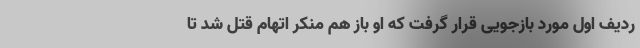
ردیف اول مورد بازجویی قرار گرفت که او باز هم منکر اتهام قتل شد تا